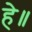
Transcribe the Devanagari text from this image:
हे॥